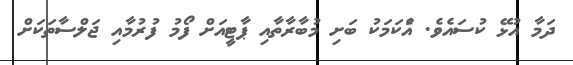
ދަމާ އުޅޭ ކުސައެވެ. އެަކަމަކު ބަށި މުބާރާތާއި ޕާޓީއަށް ފޯމު ފުރުމާއި ޖަލްސާތަކަށް